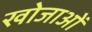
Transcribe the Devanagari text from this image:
खोजाओं